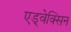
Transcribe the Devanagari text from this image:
एड्वेक्सिन